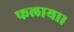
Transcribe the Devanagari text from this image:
फलाया।